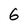
Character: 6